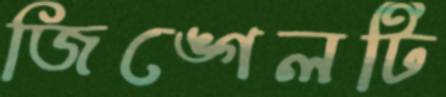
জিঙ্গেলটি